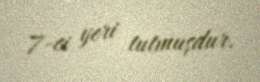
7-ci yeri tutmuşdur.